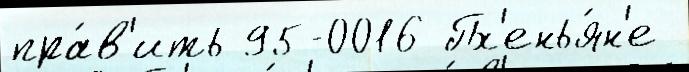
пра́в'ить 95-0016 Пх'енья́н'е